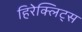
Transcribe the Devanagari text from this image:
हिरेक्लिट्स